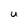
Character: U